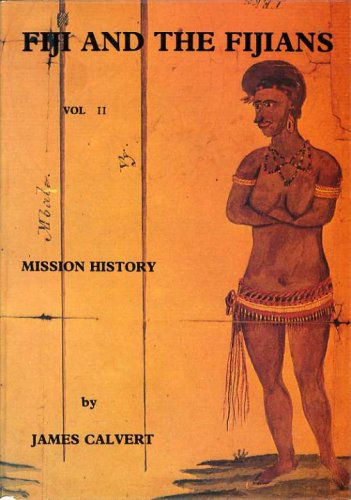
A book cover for Fiji and the Fijians Mission History; James Calvert; History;